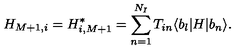
H _ { M + 1 , i } = H _ { i , M + 1 } ^ { * } = \sum _ { n = 1 } ^ { N _ { I } } T _ { i n } \langle b _ { l } | H | b _ { n } \rangle .